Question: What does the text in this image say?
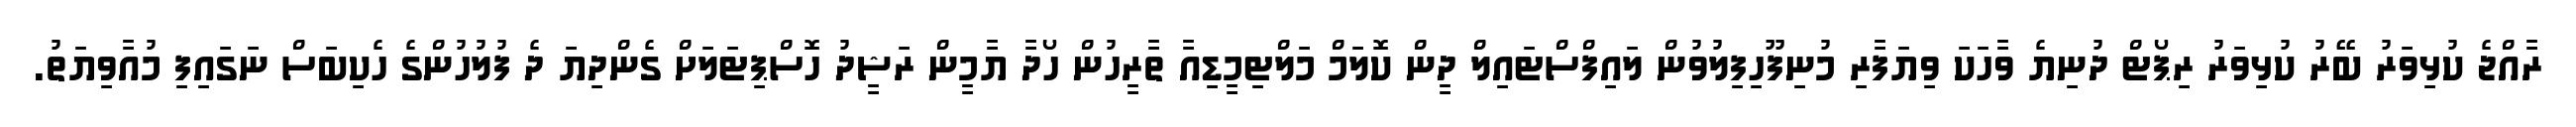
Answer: ރާއްޖެ ކުޅިވަރު ބޭރު ކުޅިވަރު ރިޕޯޓް ދުނިޔެ ވާހަކަ ވިޔަފާރި މުނިފޫހިފިލުވުން ލައިފްސްޓައިލް ދީން ކޮލަމް މަލްޓިމީޑިއާ ތާރީހުން ހޯދާ ޔާމީން ރަޝީދު ހޮސްޕިޓަލަށް ގެންދިޔަ ދެ ފުލުހުންގެ ހެކިބަސް ނަގައިފި މުއާވިޔަތު.